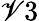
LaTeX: \mathscr{V}3